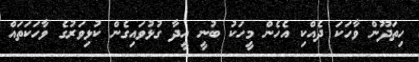
ހިތަދޫން ވާހަކަ ދެއްކި އެހެން މީހަކު ބުނީ އީދާ ގުޅުވައިގެން ކުޅިވަރުގެ ވާހަކަތައް